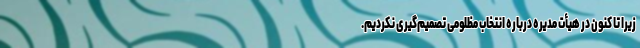
زیرا تا کنون در هیأت مدیره درباره انتخاب مظلومی تصمیم‌گیری نکردیم.